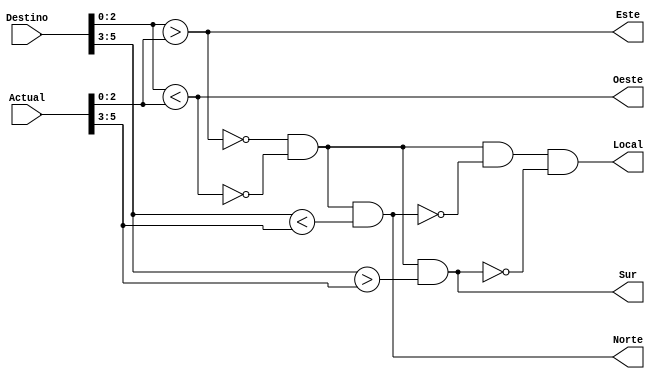
`timescale 1ns / 1ps
//////////////////////////////////////////////////////////////////////////////////
// Company: 
// Engineer: 
// 
// Design Name: 
// Module Name: ROUTING_XY
// Project Name: 
// Target Devices: 
// Tool Versions: 
// Description: 
// 
// Dependencies: 
// 
// Revision:
// Revision 0.01 - File Created
// Additional Comments:
// 
//////////////////////////////////////////////////////////////////////////////////


module ROUTING_XY(input [5:0] Destino, input [5:0] Actual, output Norte, output Este, output Oeste, output Sur, output Local);    
    
    // Variables Globales
    wire [2:0] columna_destino, columna_actual, fila_destino, fila_actual;
    
    // Como es combinacional se tiene que hacer con assign
    /*
    always @(*)
    begin    
        {Norte, Este, Oeste, Sur, Local} = 0;
        
        columna_destino = Destino [2:0];
        fila_destino = Destino [5:3];
        
        columna_actual = Actual [2:0];
        fila_actual = Actual [5:3];
        
        if (columna_destino < columna_actual)
            Oeste = 1;
        else if (columna_destino > columna_actual)
            Este = 1;
        else if (fila_destino < fila_actual)
            Norte = 1;
        else if (fila_destino > fila_actual)
            Sur = 1;
        else
            Local = 1;
            
    end
    */ 

    // Destino
    assign columna_destino = Destino [2:0];
    assign fila_destino = Destino [5:3];
    
    // Actual    
    assign columna_actual = Actual [2:0];
    assign fila_actual = Actual [5:3];

    assign Este = columna_destino > columna_actual;
	assign Oeste = columna_destino < columna_actual;
	assign Norte = ~Este & ~Oeste & (fila_destino < fila_actual);
	assign Sur    = ~Este & ~Oeste & (fila_destino > fila_actual);
	assign Local = ~Este & ~Oeste & ~Norte & ~Sur;
        

endmodule